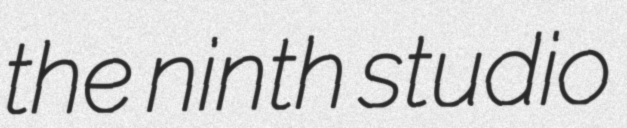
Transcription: the ninth studio